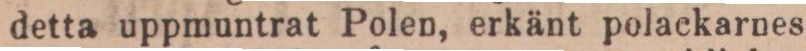
detta uppmuntrat Polen, erkänt polackarnes